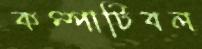
কম্পাটিবল